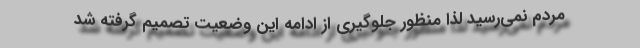
مردم نمی‌رسید لذا منظور جلوگیری از ادامه این وضعیت تصمیم گرفته شد